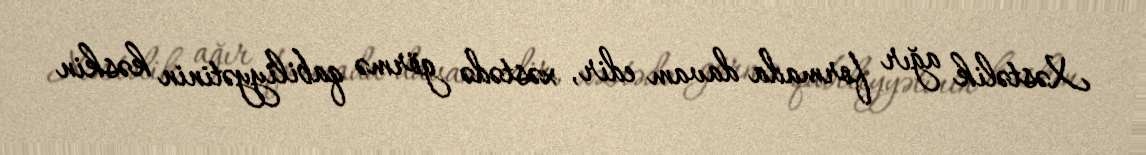
Xəstəlik ağır formada davam edir, xəstədə görmə qabiliyyətinin kəskin